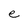
Character: e